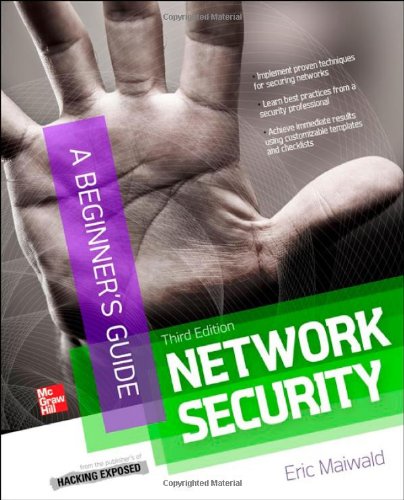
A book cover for Network Security A Beginner's Guide, Third Edition; Eric Maiwald; Computers & Technology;